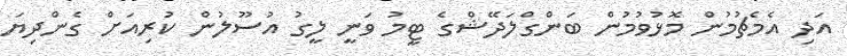
އަދި އެމެޗުމުން މޮޅުވުމުން ބަންގްލަދޭޝްގެ ޓީމު ވަނީ ލީގު އުސޫލުން ކުރިއަށް ގެންދިޔަ